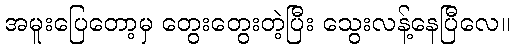
အမူးပြေတော့မှ တွေးတွေးတဲ့ပြီး သွေးလန့်နေပြီလေ။